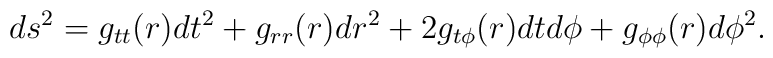
ds^2=g_{tt}(r)dt^2+g_{rr}(r)dr^2+2g_{t\phi}(r)dtd\phi+g_{\phi\phi}(r)d\phi^2.